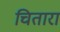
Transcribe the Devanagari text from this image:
चितारा